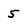
Character: 5